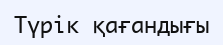
Түрік қағандығы